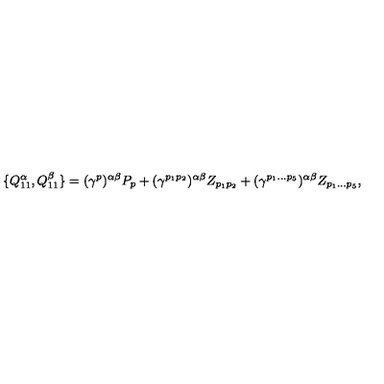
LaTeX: \{ { Q _ { 1 1 } ^ { \alpha } } , { Q _ { 1 1 } ^ { \beta } } \} = ( { \gamma } ^ { p } ) ^ { \alpha \beta } P _ { p } + ( { \gamma } ^ { p _ { 1 } p _ { 2 } } ) ^ { \alpha \beta } Z _ { p _ { 1 } p _ { 2 } } + ( { \gamma } ^ { p _ { 1 } \dots p _ { 5 } } ) ^ { \alpha \beta } Z _ { p _ { 1 } \dots p _ { 5 } } ,